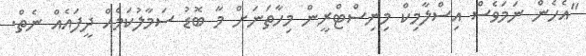
"އެހެން ނަމަވެސް އިސްލާމިކް މިނިސްޓްރީން މިހާތަނަށް މާ ބޮޑު ސަމާލުކަމެއް ދީފައެއް ނެތް.